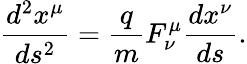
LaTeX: \frac{d^{2}x^{\mu}}{ds^{2}}=\frac{q}{m}F_{\nu}^{\mu}\frac{dx^{\nu}}{ds}.